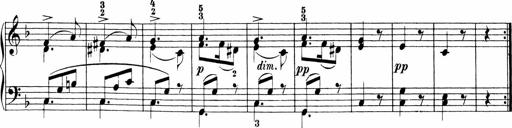
Title: Sonatinen Op.47, 98 und 136, nebst 6 Liedersonatinen
Composer: Carl Reinecke